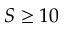
S \ge 1 0